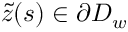
\tilde { z } ( s ) \in \partial D _ { w }